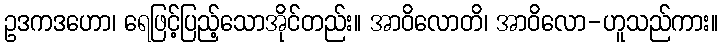
ဥဒကဒဟော၊ ရေဖြင့်ပြည့်သောအိုင်တည်း။ အာဝိလောတိ၊ အာဝိလော-ဟူသည်ကား။